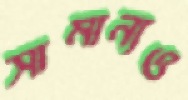
সামান্যও